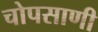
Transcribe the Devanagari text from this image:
चोपसाणी